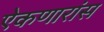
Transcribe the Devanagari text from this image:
ऐकणारांस